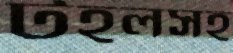
টহলসহ